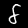
Digit: 8